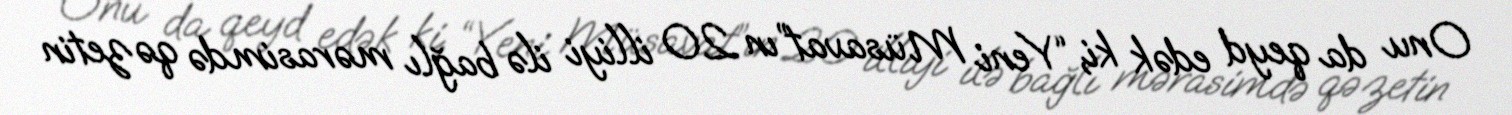
Onu da qeyd edək ki, “Yeni Müsavat”ın 20 illiyi ilə bağlı mərasimdə qəzetin